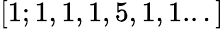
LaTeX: [1;1,1,1,5,1,1...]